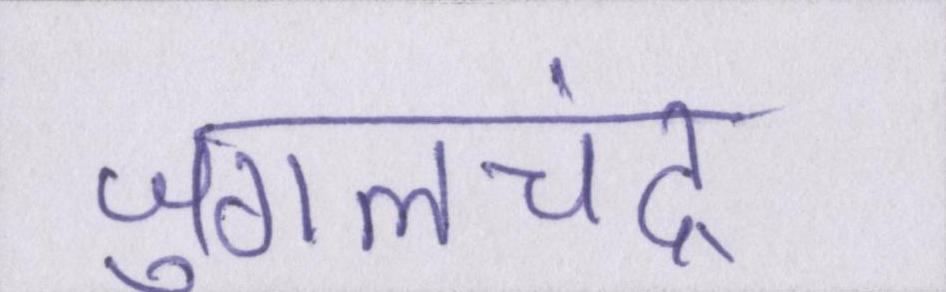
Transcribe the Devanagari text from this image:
जुगलचंद्र